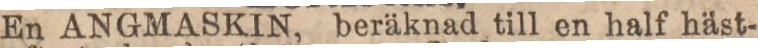
En ANGMASKIN, beräknad till en half häst-